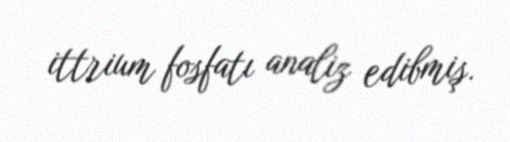
ittrium fosfatı analiz edibmiş.